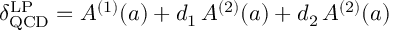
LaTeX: \delta _ { \mathrm { Q C D } } ^ { \mathrm { L P } } = A ^ { ( 1 ) } ( a ) + d _ { 1 } \, A ^ { ( 2 ) } ( a ) + d _ { 2 } \, A ^ { ( 2 ) } ( a )